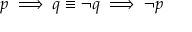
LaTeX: p \implies q \equiv \neg q \implies \neg p